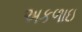
અકળાઇ